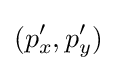
(p'_{x},p'_{y})